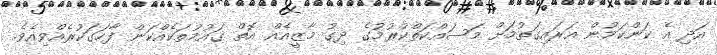
އަދި އެ ކަންކަމުން އަރައިގަތުމަށް މަސައްކަތްކުރުމުގެ ދިގު މާޒީއެއް އޮތް ޤައުމުތަކެއްކަން ފާހަގަކުރެއްވިއެވެ.